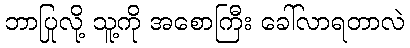
ဘာပြုလို့ သူ့ကို အစောကြီး ခေါ်လာရတာလဲ